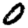
Digit: 0